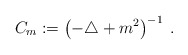
\begin{align*}C_m := \left( -\triangle + m^2 \right)^{-1} \; .\end{align*}